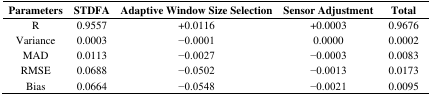
<table><thead><tr><td><b>Parameters</b></td><td><b>STDFA</b></td><td><b>Adaptive Window Size Selection</b></td><td><b>Sensor Adjustment</b></td><td><b>Total</b></td></tr></thead><tbody><tr><td>R</td><td>0.9557</td><td>+0.0116</td><td>+0.0003</td><td>0.9676</td></tr><tr><td>Variance</td><td>0.0003</td><td>−0.0001</td><td>0.0000</td><td>0.0002</td></tr><tr><td>MAD</td><td>0.0113</td><td>−0.0027</td><td>−0.0003</td><td>0.0083</td></tr><tr><td>RMSE</td><td>0.0688</td><td>−0.0502</td><td>−0.0013</td><td>0.0173</td></tr><tr><td>Bias</td><td>0.0664</td><td>−0.0548</td><td>−0.0021</td><td>0.0095</td></tr></tbody></table>